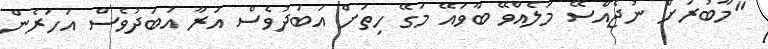
"މާބުރަށް ނުޖެއްސޭ މަލެއްވޭ ބާވައޭ މަގޭ ހިތަށް އަބަދުވެސް އަރާ އަބަދުވެސް އަހަރެން